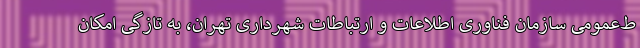
ط‌عمومی سازمان فناوری اطلاعات و ارتباطات شهرداری تهران، به تازگی امکان